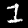
Label: 1